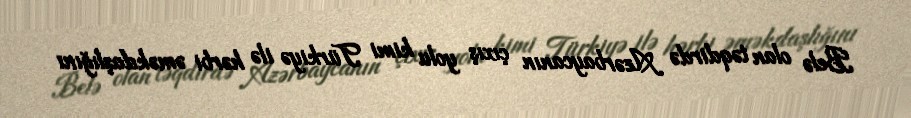
Belə olan təqdirdə Azərbaycanın çıxış yolu kimi Türkiyə ilə hərbi əməkdaşlığını